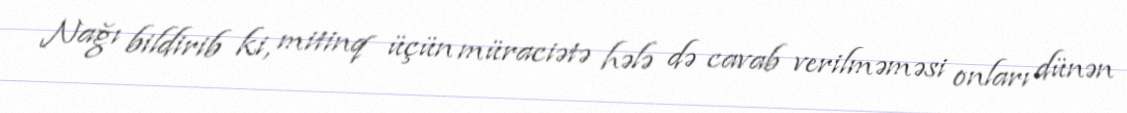
Nağı bildirib ki, mitinq üçün müraciətə hələ də cavab verilməməsi onları dünən